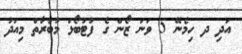
އަދި ދ ހިމެނޭ 5 ވަނަ ޒޯން ގެ ފުޓުބޯޅަ މުބާރާތް މިއަދު